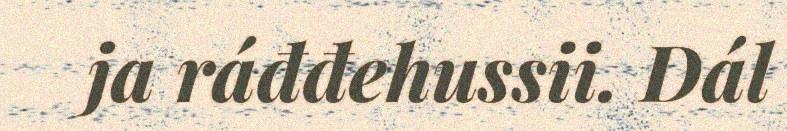
ja ráđđehussii. Dál